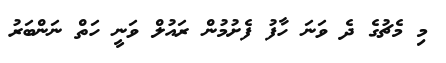
މި މެޗުގެ ދެ ވަނަ ހާފު ފެށުމުން ރައުލް ވަނީ ހަތް ނަންބަރު